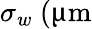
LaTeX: \sigma_{w}~(\upmu\textrm{m}